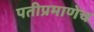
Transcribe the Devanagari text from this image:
पतीप्रमाणेच